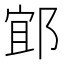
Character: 𨛯